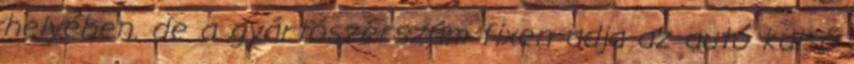
helyében. de a gyártószerszám fixen adja az autó külső